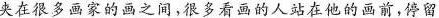
夾在很多画家的画之间，很多看画的人站在他的画前，停留